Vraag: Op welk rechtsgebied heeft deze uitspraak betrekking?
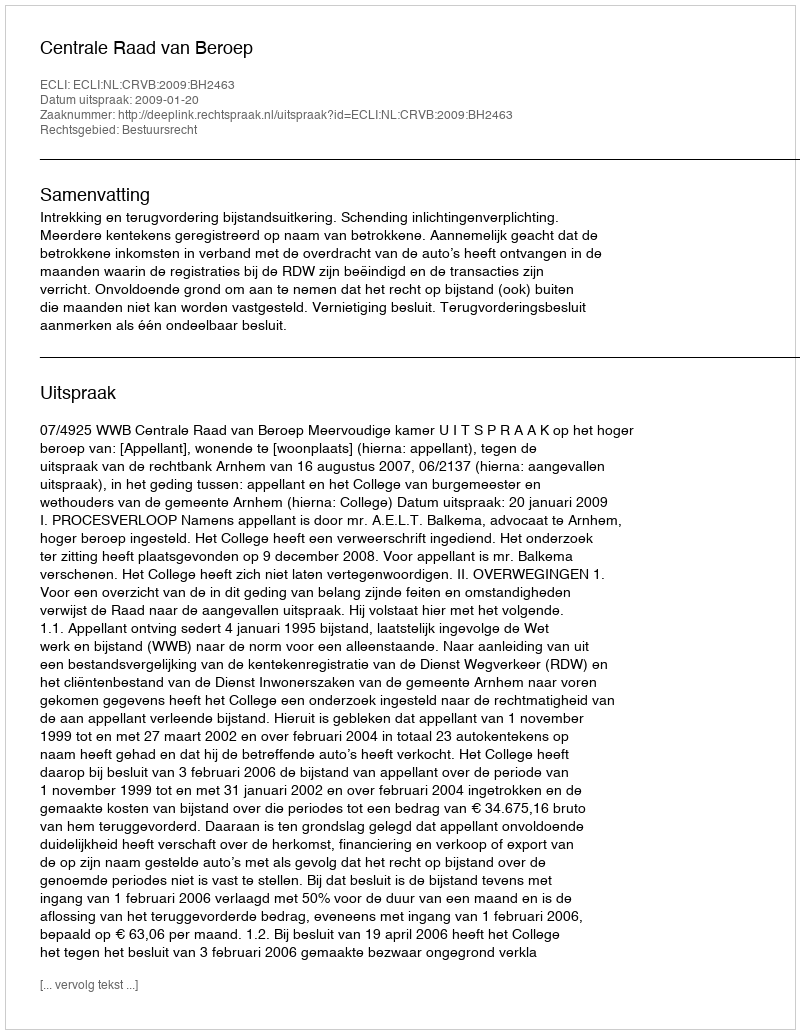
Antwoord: Bestuursrecht